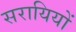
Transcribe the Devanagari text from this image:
सरायियों